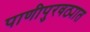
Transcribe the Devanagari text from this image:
पाणीपुरवठ्यात